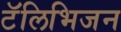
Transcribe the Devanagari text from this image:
टॅलिभिजन